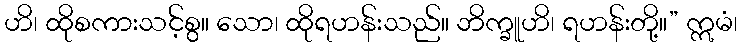
ဟိ၊ ထိုစကားသင့်စွ။ သော၊ ထိုရဟန်းသည်။ ဘိက္ခူဟိ၊ ရဟန်းတို့။” ဣမံ၊